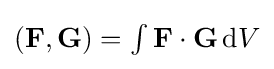
{\textstyle (\mathbf {F} ,\mathbf {G} )=\int \mathbf {F} \cdot \mathbf {G} \,\mathrm {d} V}